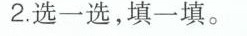
2.选一选，填一填。